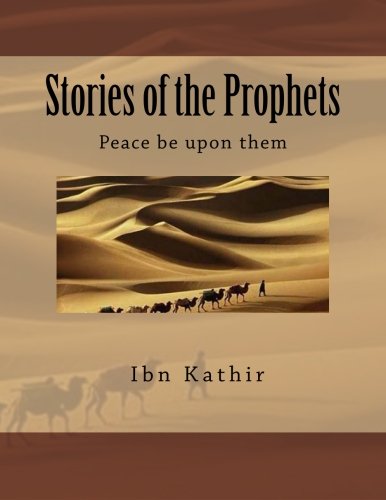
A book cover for Stories of the Prophets; Ibn Kathir; Religion & Spirituality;